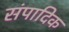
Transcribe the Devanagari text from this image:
संपादिक